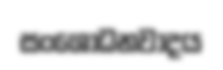
සංශෝධනවාදය